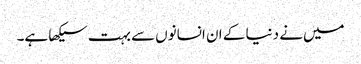
میں‌نے دنیا کے ان انسانوں‌سے بہت سیکھا ہے۔